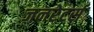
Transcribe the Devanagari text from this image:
जनरेटर्स